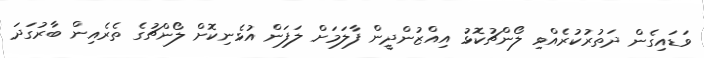
ވަޑައިގެން ދަތުރުކުރެއްވި ލޯންޗުކޮޅު އިއްޒުންދީން ފާލަމަށް ލަފަން އުޅެނިކޮށް ލޯންޗުގެ ތެރެއިން ބާރުގަދަ